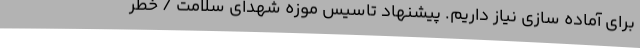
برای آماده سازی نیاز داریم. پیشنهاد تاسیس موزه شهدای سلامت / خطر